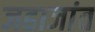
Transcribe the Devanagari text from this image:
जहाजांत